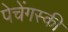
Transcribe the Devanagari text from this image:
पेचेंगस्की